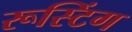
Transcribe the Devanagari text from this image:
रूस्टिंग